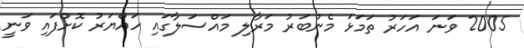
2005 ވަނަ އަހަރު ތަމަޅަ މެންބަރު މަރާލި މައްސަލާގައި ހައްޔަރު ކޮށްފައި ވަނީ